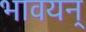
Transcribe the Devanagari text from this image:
भावयन्